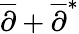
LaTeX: {\overline{{\partial}}}+{\overline{{\partial}}}^{*}